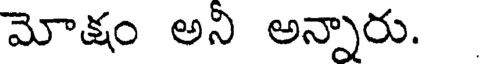
మోక్షం అన అన్నారు.